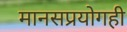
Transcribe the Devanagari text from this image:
मानसप्रयोगही